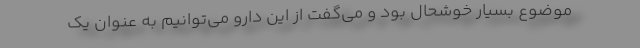
موضوع بسیار خوشحال بود و می‌گفت از این دارو می‌توانیم به عنوان یک